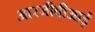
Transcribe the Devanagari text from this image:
आरजीबीआई